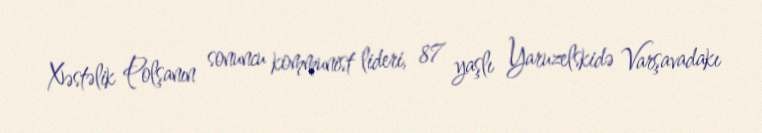
Xəstəlik Polşanın sonuncu kommunist lideri, 87 yaşlı Yaruzelskidə Varşavadakı